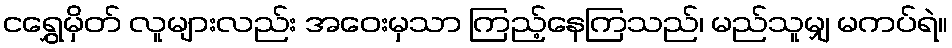
ငရွှေမှိတ် လူများလည်း အဝေးမှသာ ကြည့်နေကြသည်၊ မည်သူမျှ မကပ်ရဲ။